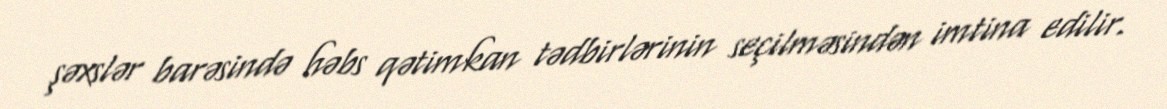
şəxslər barəsində həbs qətimkan tədbirlərinin seçilməsindən imtina edilir.